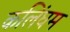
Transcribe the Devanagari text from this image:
कलिंघम